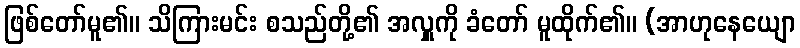
ဖြစ်တော်မူ၏။ သိကြားမင်း စသည်တို့၏ အလှူကို ခံတော် မူထိုက်၏။ (အာဟုနေယျော